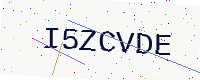
Text: I5ZCVDE